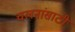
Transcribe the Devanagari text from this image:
चलनांसाठी